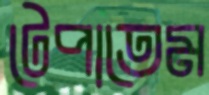
টেপাতেম